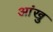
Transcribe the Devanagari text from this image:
आंखु